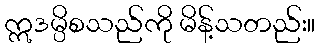
ဣဒမ္ပိစသည်ကို မိန့်သတည်း။